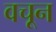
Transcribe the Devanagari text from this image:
वचून